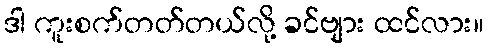
ဒါ ကူးစက်တတ်တယ်လို့ ခင်ဗျား ထင်လား။